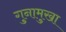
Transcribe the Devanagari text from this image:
गुनामुखा